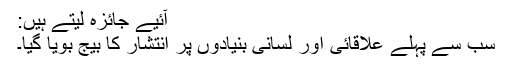
آئیے جائزہ لیتے ہیں:
سب سے پہلے علاقائی اور لسانی بنیادوں پر انتشار کا بیج بویا گیا۔